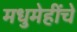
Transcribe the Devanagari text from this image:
मधुमेहींचे